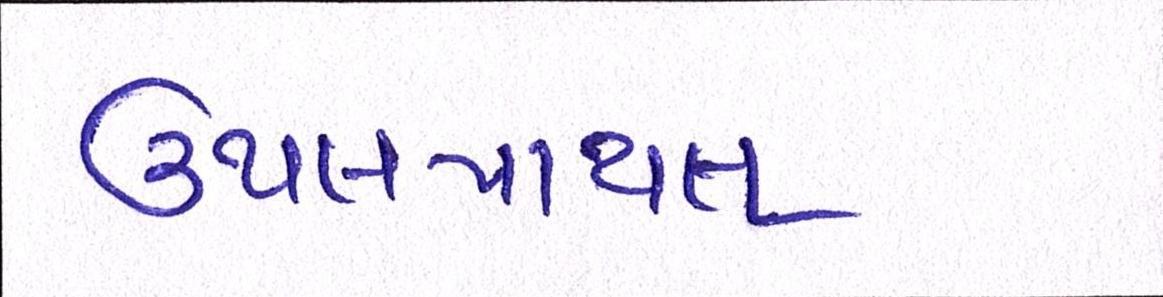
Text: ઉથલપાથલ